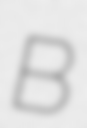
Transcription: B